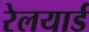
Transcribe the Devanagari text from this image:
रेलयार्ड